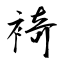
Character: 裿